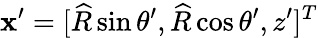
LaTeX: {\boldsymbol{\mathbf{x}}}^{\prime}=[\widehat{{R}}\sin\theta^{\prime},\widehat{{R}}\cos\theta^{\prime},z^{\prime}]^{T}